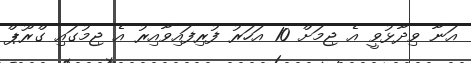
އަނާ ވިދާޅުވީ އެ ޖިމަށް 10 އަހަރު ފުރިފައިވާއިރު އެ ޖިމުގައި ގްރޫޕް